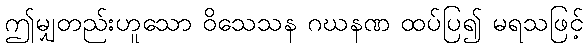
ဤမျှတည်းဟူသော ဝိသေသန ဂဃနဏ ထပ်ပြ၍ မရသဖြင့်